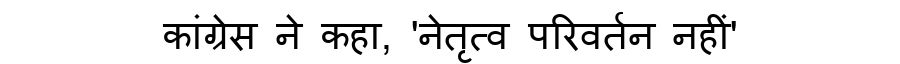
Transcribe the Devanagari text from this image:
कांग्रेस ने कहा, 'नेतृत्व परिवर्तन नहीं'